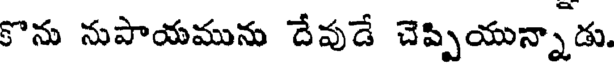
కొను నుపాయమును దేవుడే చెప్పియున్నాడు.